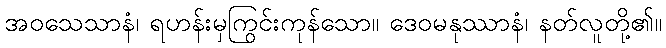
အဝသေသာနံ၊ ရဟန်းမှကြွင်းကုန်သော။ ဒေဝမနုဿာနံ၊ နတ်လူတို့၏။